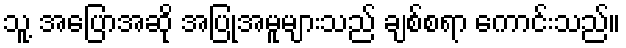
သူ့ အပြောအဆို အပြုအမူများသည် ချစ်စရာ ကောင်းသည်။